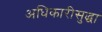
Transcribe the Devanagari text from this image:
अधिकारीसुद्धा